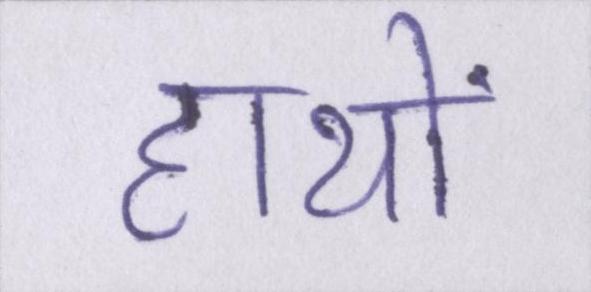
हाथों